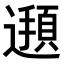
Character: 𮟖